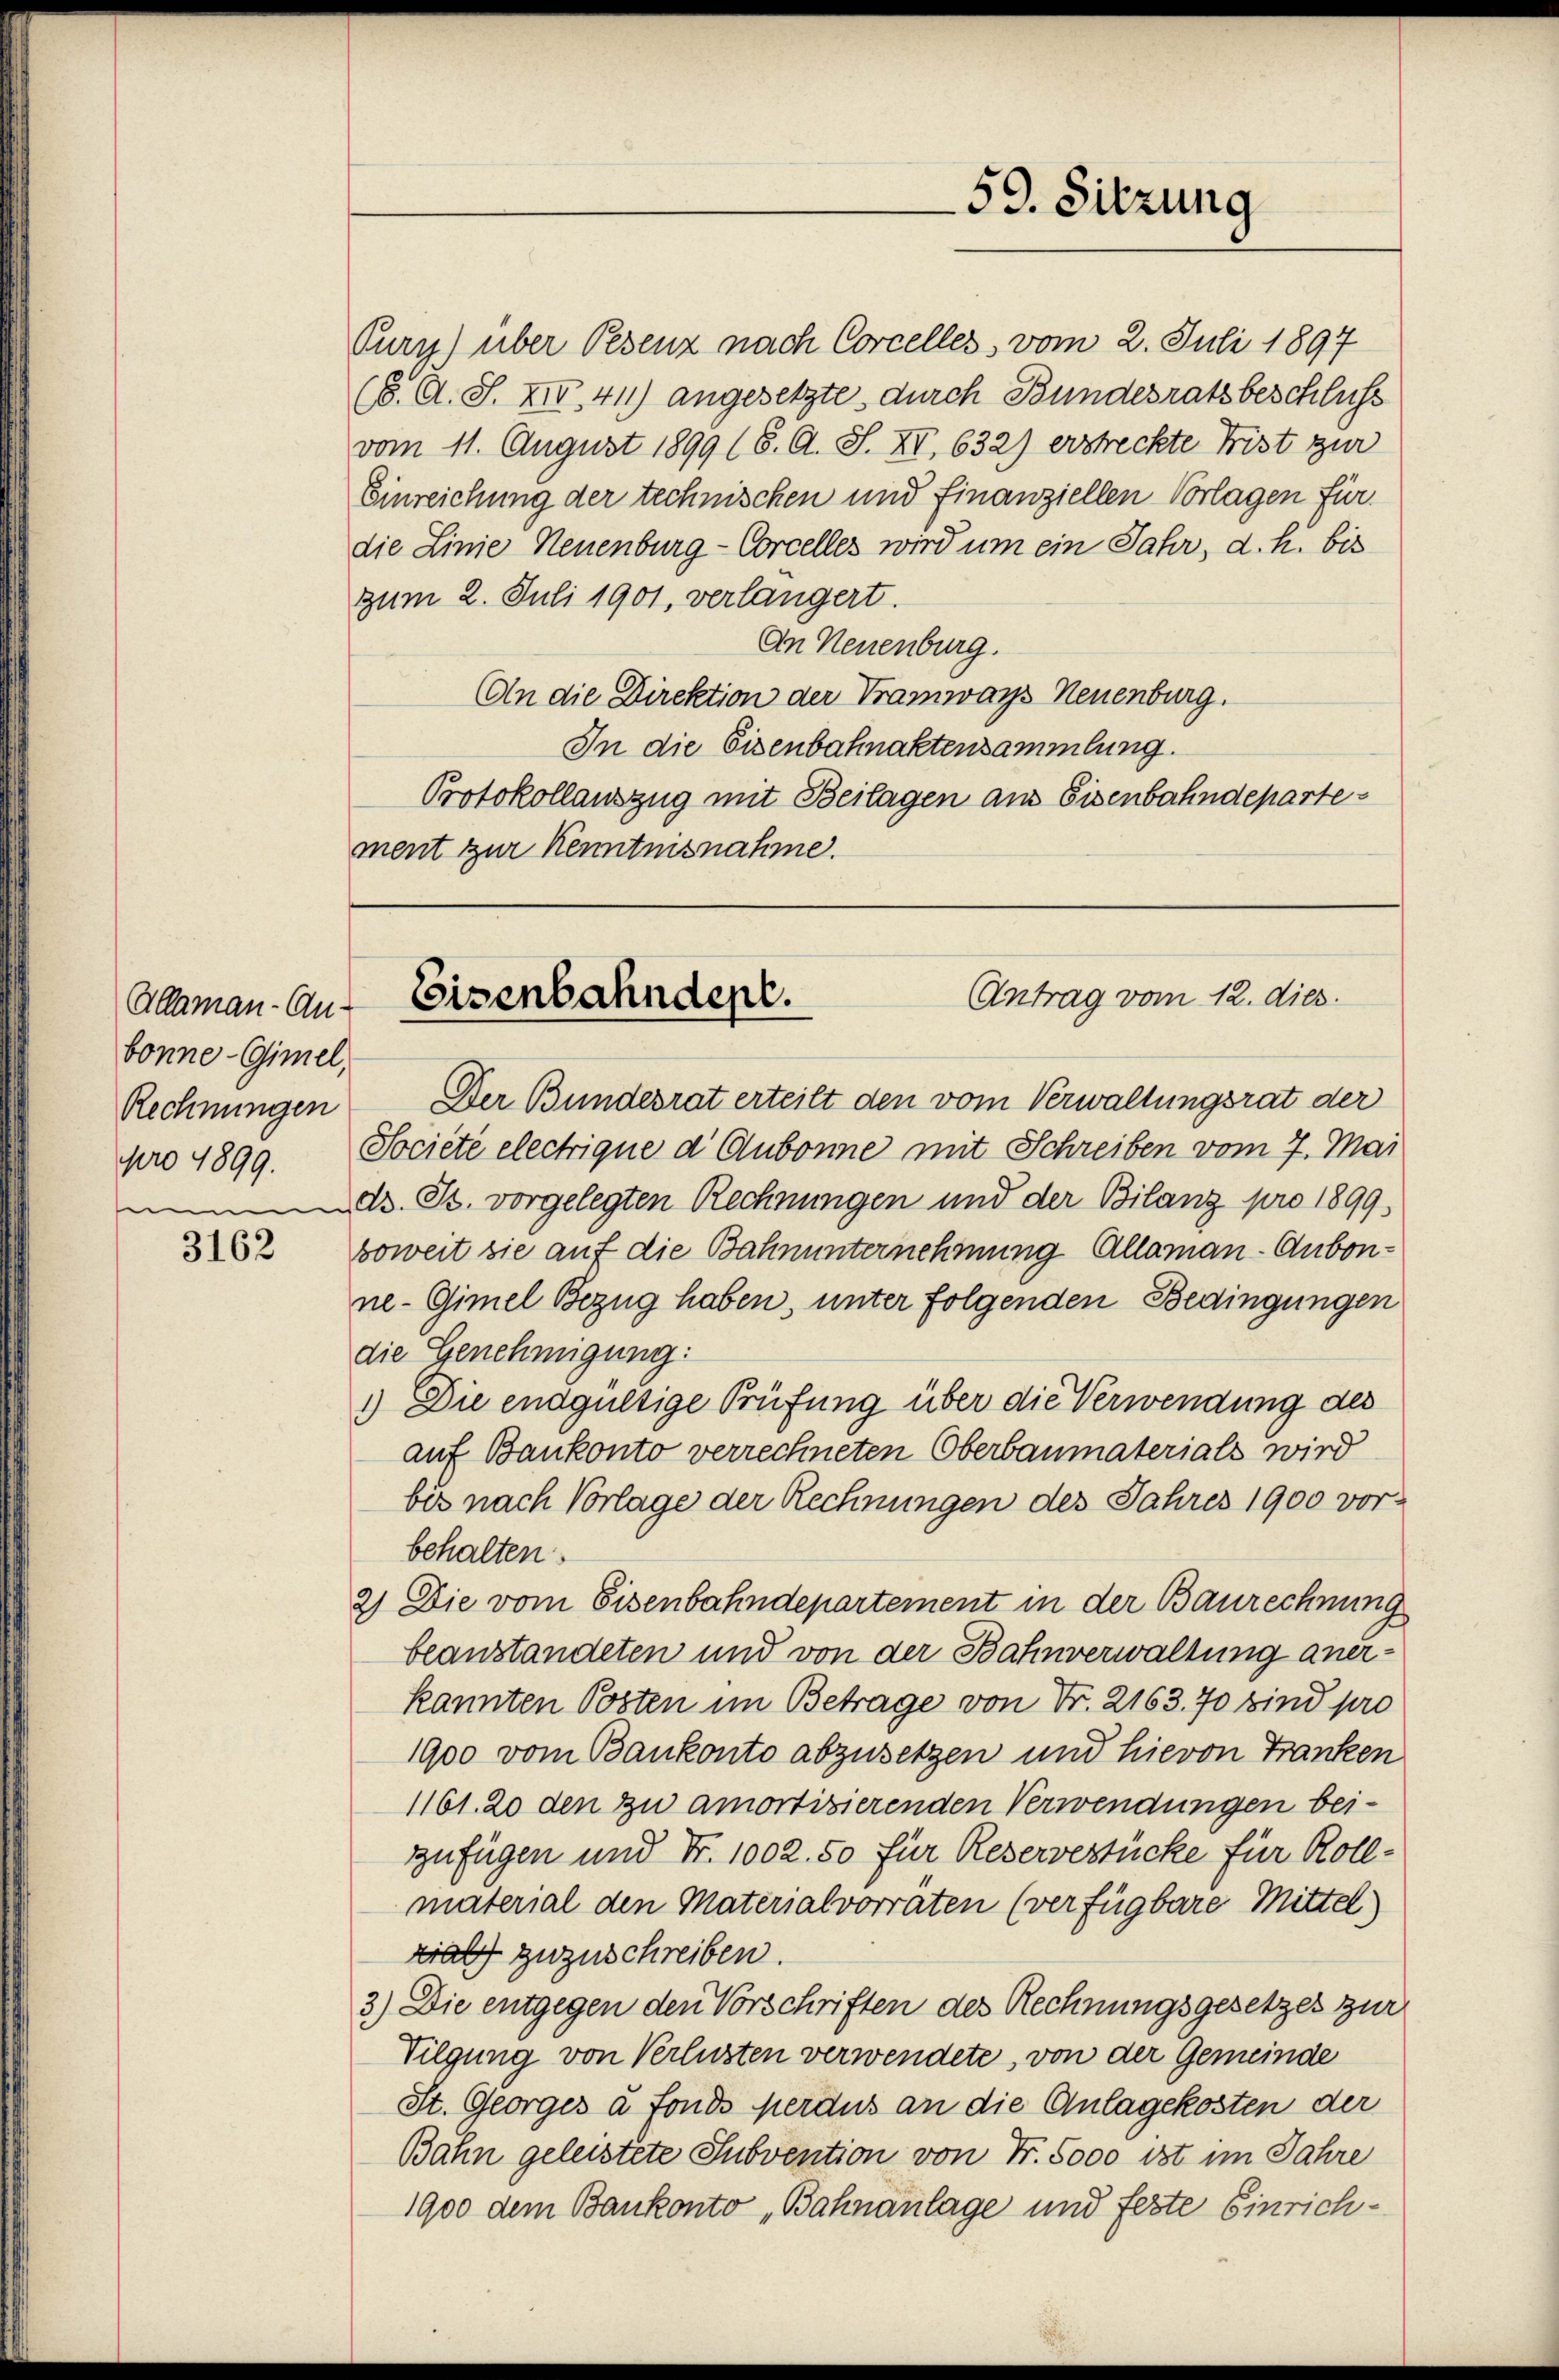
Allaman-Anbonne-Gimel,
Rechnungen

3162

Purn) über Pesenz nach Corcelles vom 2. Juli 1897
(6. A. S. XIII. 411) angesetzte durch Bundesratsbeschluss
vom 11. August 1899 (8. A. S. XV, 632) erstreckte Frist zur
Einreichung der technischen und finanziellen Vorlagen für
die Linie Neuenburg-Corcelles wird um ein Jahr, d. h. bis
zum 2. Juli 1901, verlängert.
An Neuenburg.
An die Direktion der Tramways Neuenburg.
In die Eisenbahnaktensammlung.
Protokollauszug mit Beilagen aus Eisenbahndepartement zur Kenntnisnahme.

Der Bundesrat erteilt den vom Verwaltungsrat der
pro 1899. Societe electrique d' Aubonne mit Schreiben vom 7. Mai
B. St. vorgelegten Rechnungen und der Bilanz pro 1899,
boweit sie auf die Bahnunternehmung Alleman-Aubonne-Gimel Bezug haben, unter folgenden Bedingungen
die Genehmigung:
1) Die endgültige Prüfung über die Verwendung des
auf Bankonto verrechneten Oberbaumaterials wird
bis nach Vorlage der Rechnungen des Jahres 1900 vorbehalten.
2) Die vom Eisenbahndepartement in der Baurechnung
beanstandeten und von der Bahnverwaltung anerkannten Posten im Betrage von Fr. 2163. 70 sind pro
1900 vom Bankonto abzusetzen und hievon Franken
1161. 20 den zu amortisierenden Verwendungen bei-
zufügen und Fr. 1002. 50 für Reservestücke für Rollmaterial den Materialvorräten (verfügbare Mittel
zraff zuzuschreiben.
3.) Die entgegen den Vorschriften des Rechnungsgesetzes zur
Vilgung von Verlusten verwendete, von der Gemeinde
St. Georges à fonds perdus an die Anlagekosten der
Bahn geleistete Subvention von Fr. 5000 ist im Jahre
1900 dem Bankonto „Bahnanlage und feste Einrich¬

59. Sitzung

Antrag vom 12. dies
Eisenbahndept.